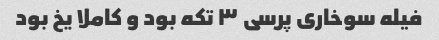
فیله سوخاری پرسی ٣ تکه بود و کاملا یخ بود